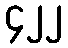
၄၂၂